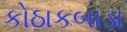
કોઠાકબાડા